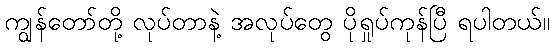
ကျွန်တော်တို့ လုပ်တာနဲ့ အလုပ်တွေ ပိုရှုပ်ကုန်ပြီ ရပါတယ်။